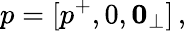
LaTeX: p=[p^{+},0,\mathbf{0}_{\perp}]\, ,